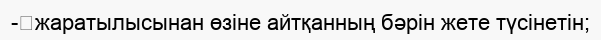
-	жаратылысынан өзіне айтқанның бәрін жете түсінетін;